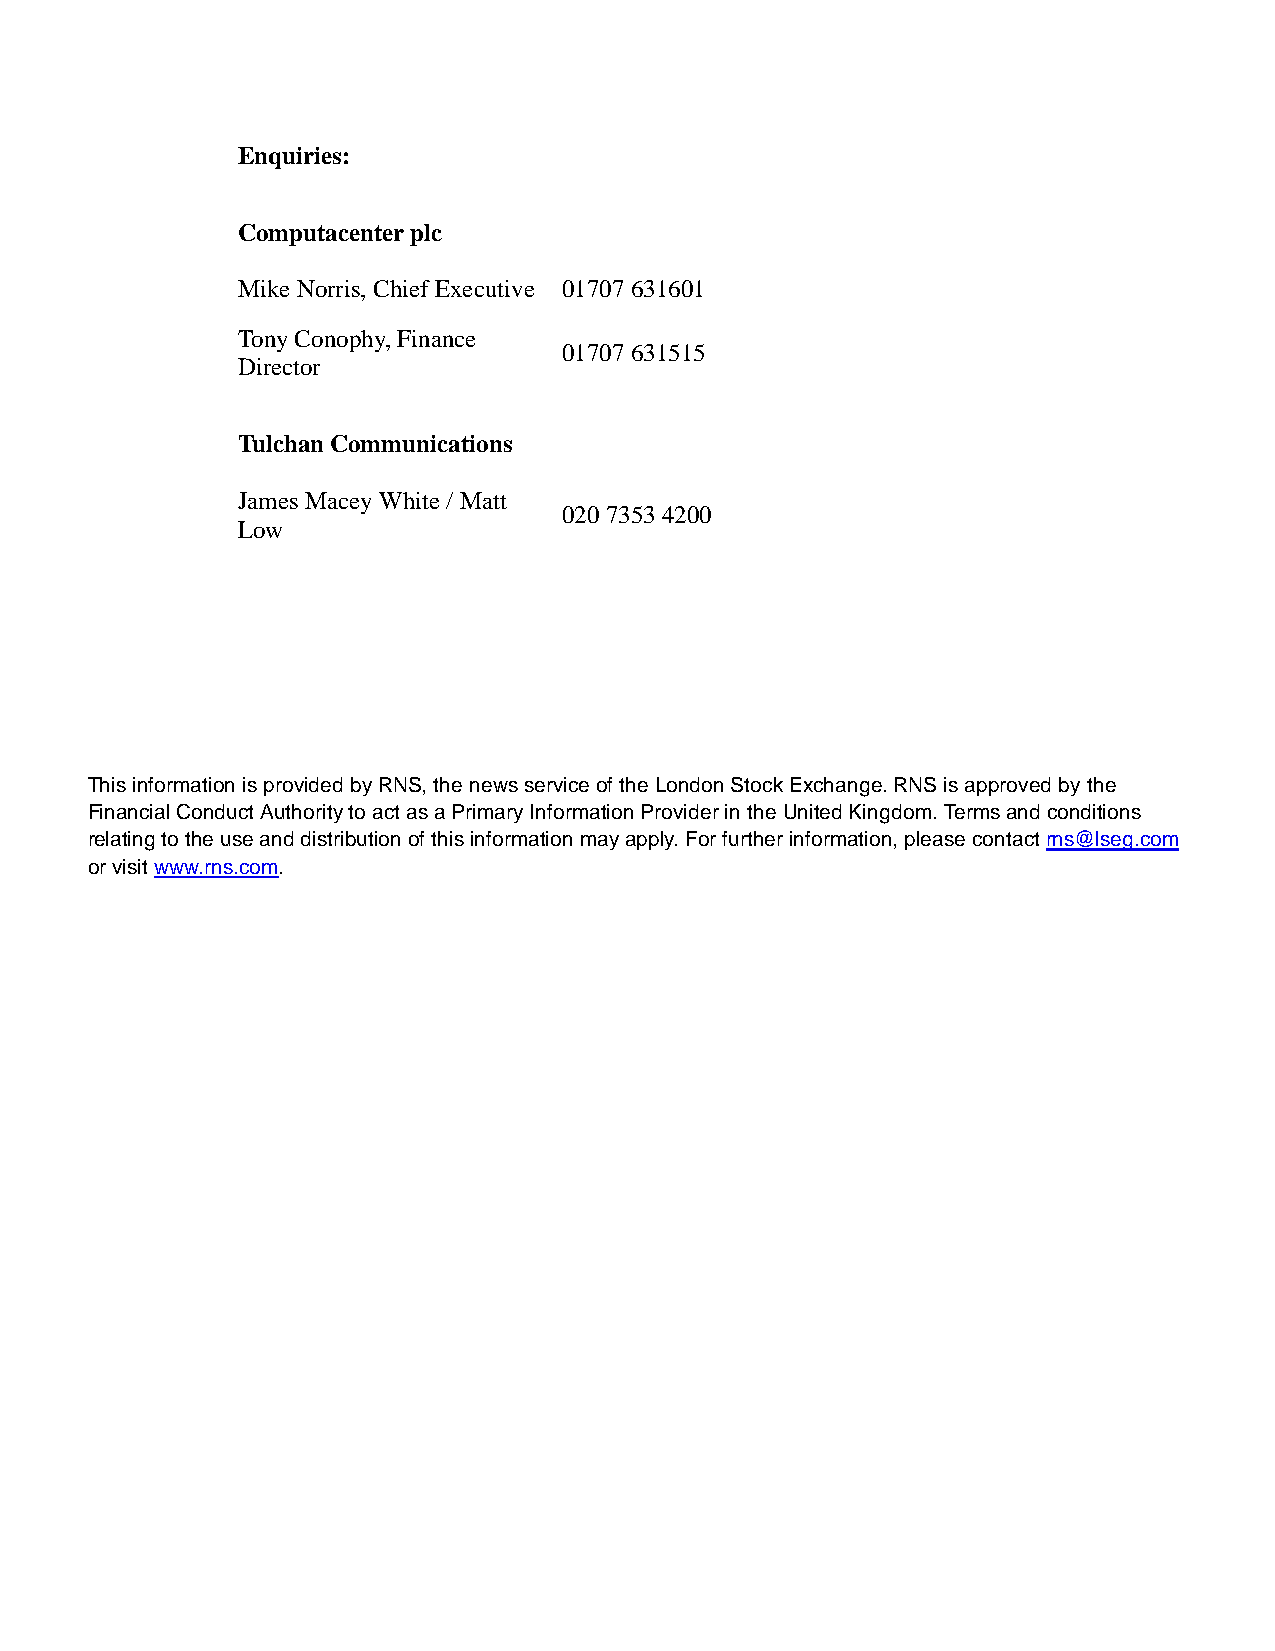
Enquiries:
 Computacenter plc
 Mike Norris, Chief Executive 01707 631601
 Tony Conophy, Finance
 01707 631515
 Director
 Tulchan Communications
 James Macey White / Matt
 020 7353 4200
 Low
 This information is provided by RNS, the news service of the London Stock Exchange. RNS is approved by the
 Financial Conduct Authority to act as a Primary Information Provider in the United Kingdom. Terms and conditions
 relating to the use and distribution of this information may apply. For further information, please contact rns@lseg.com
 or visit www.rns.com.